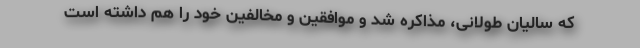
که سالیان طولانی، مذاکره شد و موافقین و مخالفین خود را هم داشته است